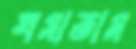
খসাতাম